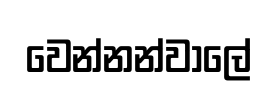
වෙන්නන්වාලේ